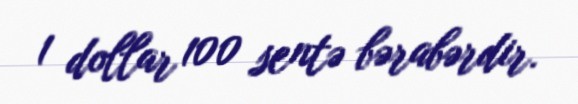
1 dollar 100 sentə bərabərdir.